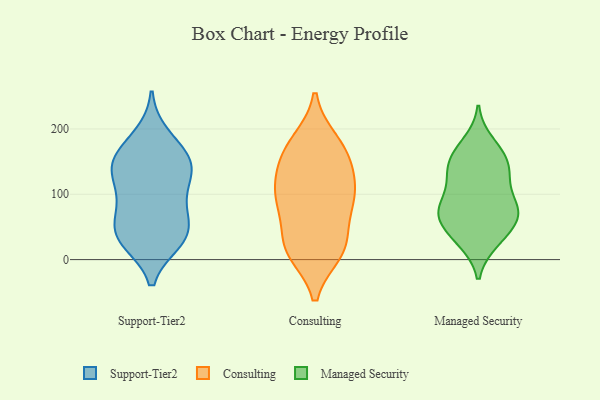
{"axis": {"x": "Churn Rate (%)", "y": "Value"}, "legend": ["Consulting", "Managed Security", "Support-Tier2"], "data": [{"x": "", "y": 38, "type": "Support-Tier2"}, {"x": "", "y": 168, "type": "Support-Tier2"}, {"x": "", "y": 31, "type": "Support-Tier2"}, {"x": "", "y": 72, "type": "Support-Tier2"}, {"x": "", "y": 137, "type": "Support-Tier2"}, {"x": "", "y": 47, "type": "Support-Tier2"}, {"x": "", "y": 36, "type": "Support-Tier2"}, {"x": "", "y": 96, "type": "Support-Tier2"}, {"x": "", "y": 129, "type": "Support-Tier2"}, {"x": "", "y": 29, "type": "Support-Tier2"}, {"x": "", "y": 90, "type": "Support-Tier2"}, {"x": "", "y": 145, "type": "Support-Tier2"}, {"x": "", "y": 148, "type": "Support-Tier2"}, {"x": "", "y": 148, "type": "Support-Tier2"}, {"x": "", "y": 189, "type": "Support-Tier2"}, {"x": "", "y": 36, "type": "Consulting"}, {"x": "", "y": 18, "type": "Consulting"}, {"x": "", "y": 129, "type": "Consulting"}, {"x": "", "y": 95, "type": "Consulting"}, {"x": "", "y": 166, "type": "Consulting"}, {"x": "", "y": 181, "type": "Consulting"}, {"x": "", "y": 86, "type": "Consulting"}, {"x": "", "y": 16, "type": "Consulting"}, {"x": "", "y": 15, "type": "Consulting"}, {"x": "", "y": 83, "type": "Consulting"}, {"x": "", "y": 92, "type": "Consulting"}, {"x": "", "y": 11, "type": "Consulting"}, {"x": "", "y": 137, "type": "Consulting"}, {"x": "", "y": 152, "type": "Consulting"}, {"x": "", "y": 103, "type": "Consulting"}, {"x": "", "y": 177, "type": "Consulting"}, {"x": "", "y": 165, "type": "Managed Security"}, {"x": "", "y": 162, "type": "Managed Security"}, {"x": "", "y": 63, "type": "Managed Security"}, {"x": "", "y": 56, "type": "Managed Security"}, {"x": "", "y": 141, "type": "Managed Security"}, {"x": "", "y": 68, "type": "Managed Security"}, {"x": "", "y": 74, "type": "Managed Security"}, {"x": "", "y": 28, "type": "Managed Security"}, {"x": "", "y": 122, "type": "Managed Security"}, {"x": "", "y": 88, "type": "Managed Security"}, {"x": "", "y": 146, "type": "Managed Security"}, {"x": "", "y": 76, "type": "Managed Security"}, {"x": "", "y": 134, "type": "Managed Security"}, {"x": "", "y": 122, "type": "Managed Security"}, {"x": "", "y": 72, "type": "Managed Security"}, {"x": "", "y": 87, "type": "Managed Security"}, {"x": "", "y": 179, "type": "Managed Security"}, {"x": "", "y": 36, "type": "Managed Security"}, {"x": "", "y": 27, "type": "Managed Security"}]}